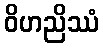
ဝိဟညိဿံ